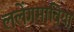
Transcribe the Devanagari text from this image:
ललेंगमाविया